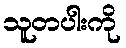
သူတပါးကို